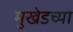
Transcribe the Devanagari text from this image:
मुखेडच्या